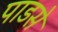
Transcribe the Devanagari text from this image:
पाडसे